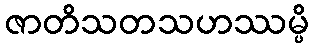
ဇာတိသတသဟဿမ္ပိ